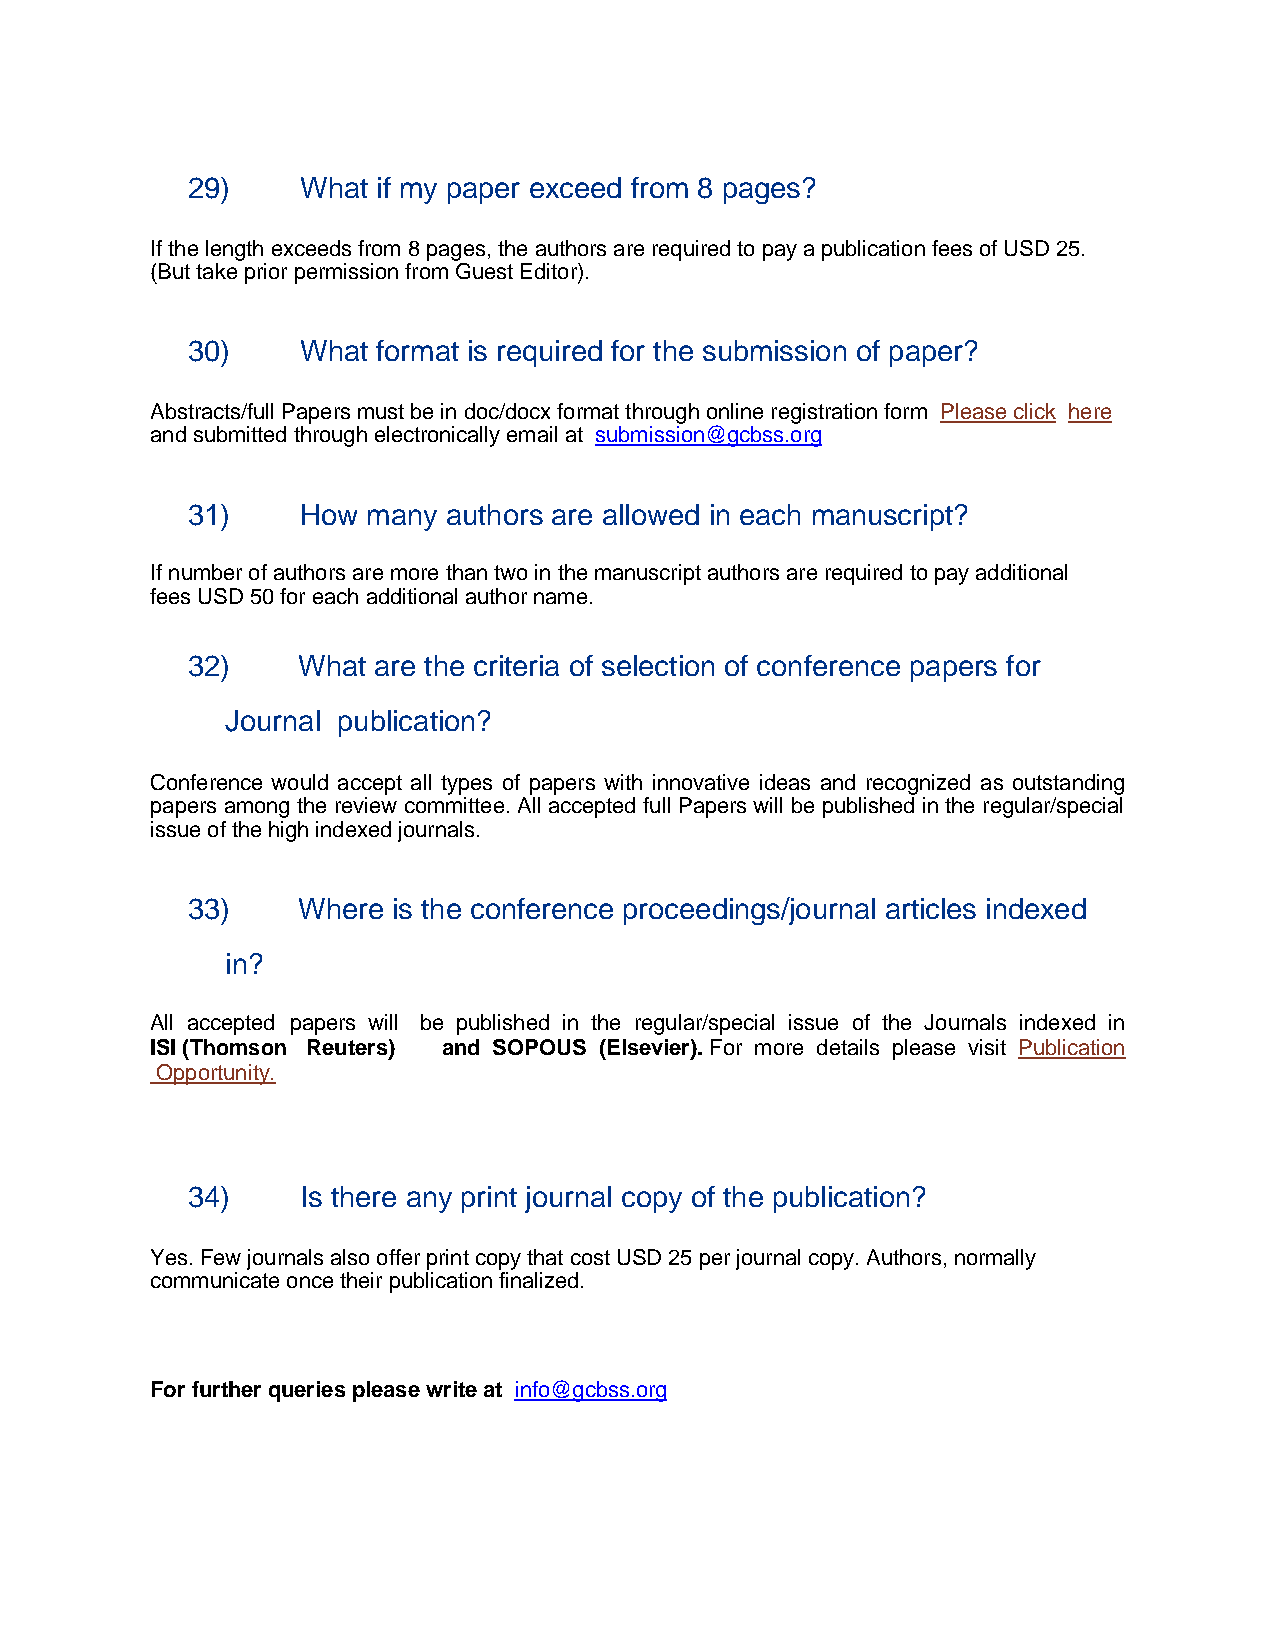
29)     What if my paper exceed from 8 pages?
 If the length exceeds from 8 pages, the authors are required to pay a publication fees of USD 25.
 (But take prior permission from Guest Editor).
 30)     What format is required for the submission of paper?
 Abstracts/full Papers must be in doc/docx format through online registration form Please click here
 and submitted through electronically email at submission@gcbss.org
 31)     How many  authors are allowed in each manuscript?
 If number of authors are more than two in the manuscript authors are required to pay additional
 fees USD 50 for each additional author name.
 32)     What are the criteria of selection of conference papers for
 Journal publication?
 Conference would accept all types of papers with innovative ideas and recognized as outstanding
 papers among the review committee. All accepted full Papers will be published in the regular/special
 issue of the high indexed journals.
 33)     Where is the conference proceedings/journal articles indexed
 in?
 All accepted papers will be published in the regular/special issue of the Journals indexed in
 ISI (Thomson Reuters) and SOPOUS (Elsevier). For more details please visit Publication
 Opportunity.
 34)     Is there any print journal copy of the publication?
 Yes. Few journals also offer print copy that cost USD 25 per journal copy. Authors, normally
 communicate once their publication finalized.
 For further queries please write at info@gcbss.org